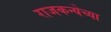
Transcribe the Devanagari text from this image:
राजकन्येच्या